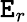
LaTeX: \mathtt{E}_{r}